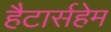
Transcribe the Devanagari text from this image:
हैटार्सहेम